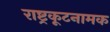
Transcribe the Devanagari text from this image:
राष्ट्रकूटनामक